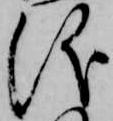
儀